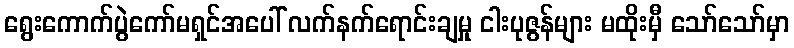
ရွေးကောက်ပွဲကော်မရှင်အပေါ် လက်နက်ရောင်းချမှု ငါးပုဇွန်များ မထိုးမှီ သော်သော်မှာ